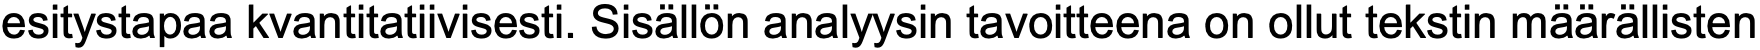
esitystapaa kvantitatiivisesti. Sisällön analyysin tavoitteena on ollut tekstin määrällisten